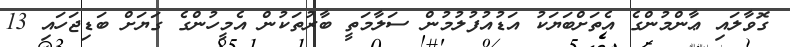
ގޮވާލައި ޢާންމުންގެ އެތަށްބަޔަކު އަޑުއުފުލުމުން ސަލާމަތީ ބާރުތަކުން އެމީހުންގެ ގަޔަށް ބަޑިޖަހައި 13